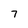
Character: 7